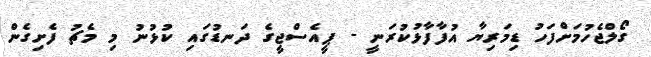
ގޯލްޖެހުމަށްފަހު ޑިމަރިޔާ އުފާފާޅުކުރަނީ - ޕީއެސްޖީގެ ދަނޑުގައި ކުޅުނު މި މެޗު ފެށިގެން